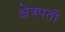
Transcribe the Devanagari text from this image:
क्षेत्रपती